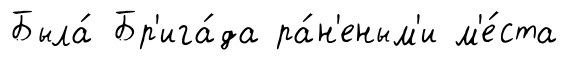
Была́ Бр'ига́да ра́н'еным'и м'е́ста